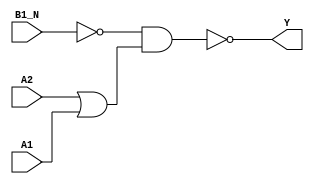
module sky130_fd_sc_lp__o21bai (
    Y   ,
    A1  ,
    A2  ,
    B1_N
);

    // Module ports
    output Y   ;
    input  A1  ;
    input  A2  ;
    input  B1_N;

    // Local signals
    wire b          ;
    wire or0_out    ;
    wire nand0_out_Y;

    //   Name   Output       Other arguments
    not  not0  (b          , B1_N           );
    or   or0   (or0_out    , A2, A1         );
    nand nand0 (nand0_out_Y, b, or0_out     );
    buf  buf0  (Y          , nand0_out_Y    );

endmodule